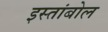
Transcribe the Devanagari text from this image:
इस्तांबोल